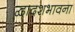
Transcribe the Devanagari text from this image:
द्वादशभावना